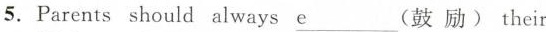
5.Parents should always \underline{e}___(鼓 励) their